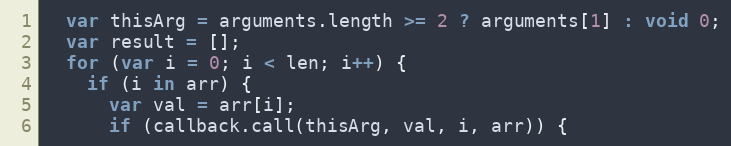
Language: JavaScript
  var thisArg = arguments.length >= 2 ? arguments[1] : void 0;
  var result = [];
  for (var i = 0; i < len; i++) {
    if (i in arr) {
      var val = arr[i];
      if (callback.call(thisArg, val, i, arr)) {